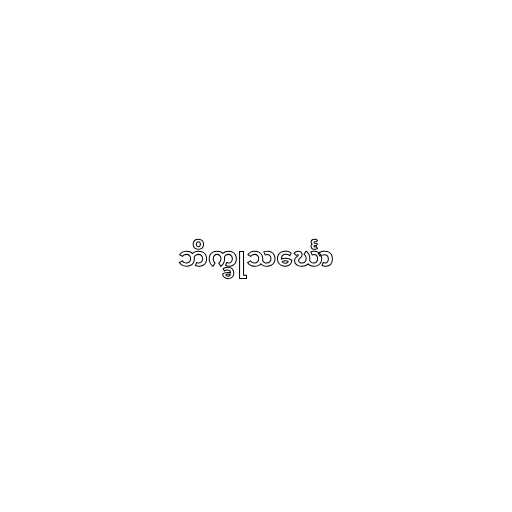
ဘိက္ခုသင်္ဃော